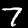
Label: 7